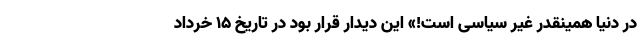
در دنیا همینقدر غیر سیاسی است!» این دیدار قرار بود در تاریخ 15 خرداد